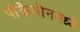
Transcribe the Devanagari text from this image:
पोकेमोनमध्ये